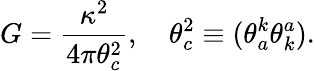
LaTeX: G=\frac{\kappa^{2}}{4\pi\theta_{c}^{2}},\quad\theta_{c}^{2}\equiv(\theta_{a}^{k}\theta_{k}^{a}).